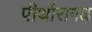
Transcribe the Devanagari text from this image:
पीथौरागढ़